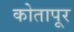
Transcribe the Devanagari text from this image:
कोतापूर